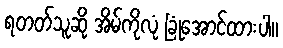
ရတတ်သူဆို အိမ်ကိုလုံ ခြုံအောင်ထားပါ။